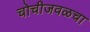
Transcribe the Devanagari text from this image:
चोचीजवळचा